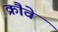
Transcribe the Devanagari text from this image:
क्रौवे